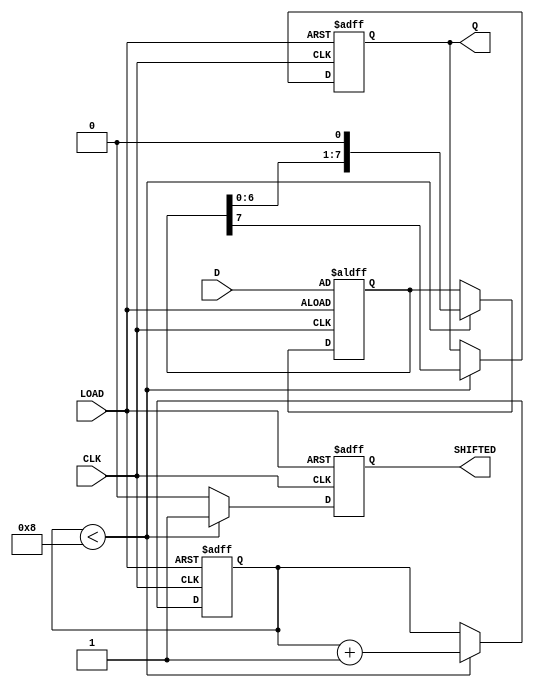
module PISO_Register (
    input wire [7:0] D,       // 8-bit data input
    input wire LOAD,          // Load control signal
    input wire CLK,           // Clock signal
    output reg Q,             // Serial output
    output reg SHIFTED        // Indicator for shifted out (optional)
);

    reg [7:0] shift_reg;      // Internal storage for the PISO register
    reg [2:0] bit_count;      // Counter to track bits shifted out

    always @(posedge CLK or posedge LOAD) begin
        if (LOAD) begin
            // Load data into shift register on LOAD signal
            shift_reg <= D;
            Q <= 0;            // Set output to zero (or high-impedance if needed)
            bit_count <= 3'b000; // Reset bit count
            SHIFTED <= 1'b0;   // Reset shifted indicator
        end else begin
            // Shift data out serially
            if (bit_count < 8) begin
                Q <= shift_reg[7]; // Shift out the MSB
                shift_reg <= {shift_reg[6:0], 1'b0}; // Shift left
                bit_count <= bit_count + 1; // Increment bit count
                SHIFTED <= 1'b1; // Indicate that a bit has been shifted out
            end else begin
                // All bits have been shifted out
                SHIFTED <= 1'b0; // Reset shifted indicator
            end
        end
    end

endmodule